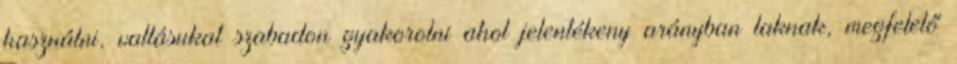
használni, vallásukat szabadon gyakorolni ahol jelentékeny arányban laknak, megfelelő